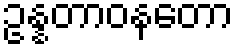
ဥန္နတာဝနတော